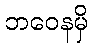
ဘဝေနမှိ